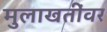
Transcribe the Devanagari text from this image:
मुलाखतींवर